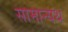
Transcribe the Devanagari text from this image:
सामान्यथ